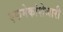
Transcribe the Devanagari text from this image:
एकमेकांशेजारी